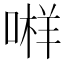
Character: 𱓫